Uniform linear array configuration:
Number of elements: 32
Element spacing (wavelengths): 1
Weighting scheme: cosine
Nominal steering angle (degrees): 0
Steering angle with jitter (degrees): -1.786
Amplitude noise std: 0.05
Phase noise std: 0.05

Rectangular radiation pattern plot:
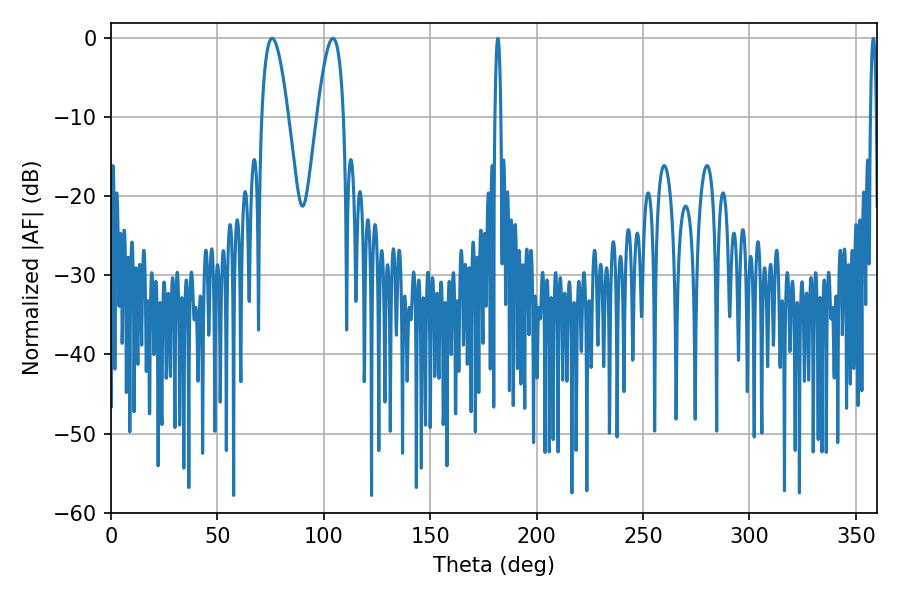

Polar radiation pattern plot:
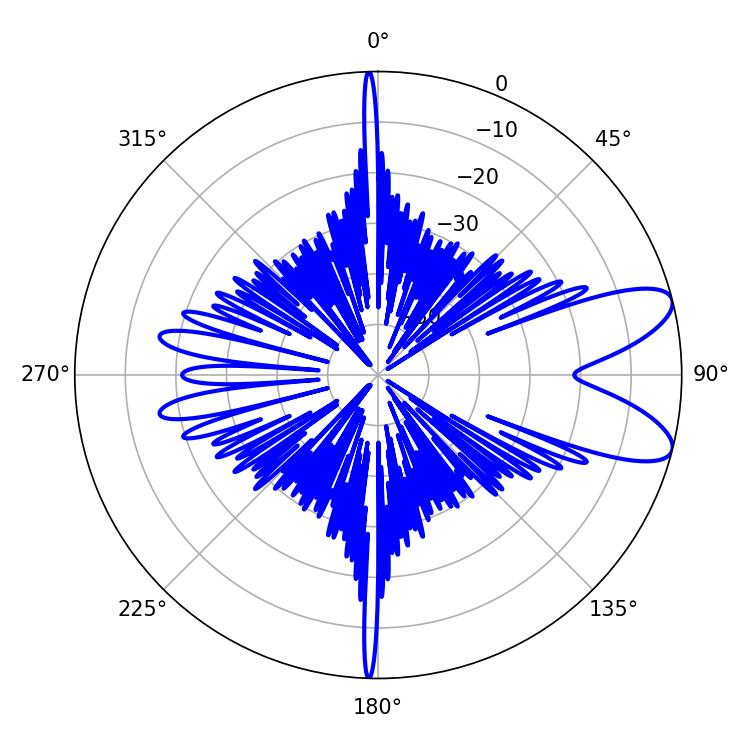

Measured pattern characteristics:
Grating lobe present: TRUE
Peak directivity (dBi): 9.087
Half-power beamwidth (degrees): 6.84
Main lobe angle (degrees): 75.78